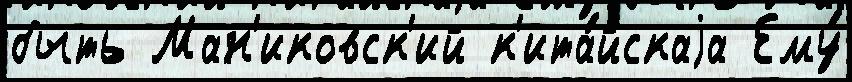
быть Ман'иковск'ий к'ита́йскаjа Ему́